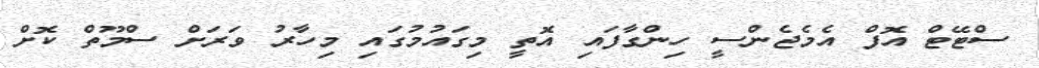
ސްޓޭޓް އޮފް އެމެޖެންސީ ހިންގާފައި އޮތީ މިގައުމުގައި މިހާރު ވަރަށް ސްމޫތް ކޮށް